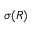
\sigma ( R )